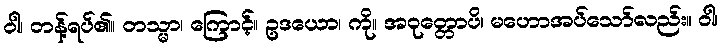
ဝါ၊ တန့်ရပ်၏။ တသ္မာ၊ ကြောင့်။ ဥဒယော၊ ကို။ အဝုတ္တောပိ၊ မဟောအပ်သော်လည်း။ ဝါ၊